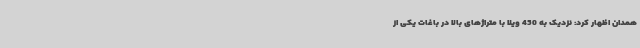
همدان اظهار کرد: نزدیک به 450 ویلا با متراژهای بالا در باغات یکی از